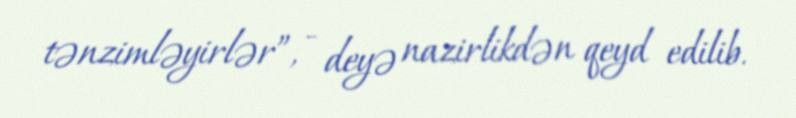
tənzimləyirlər”, - deyə nazirlikdən qeyd edilib.